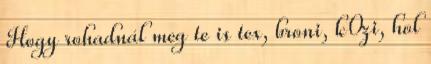
Hogy rohadnál meg te is tex, broni, k0zi, hol